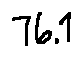
7 6 . 1